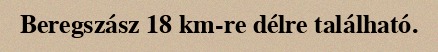
Beregszász 18 km-re délre található.